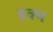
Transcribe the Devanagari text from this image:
हक्म